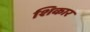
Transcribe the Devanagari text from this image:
शिकार